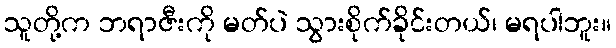
သူတို့က ဘရာဇီးကို မတ်ပဲ သွားစိုက်ခိုင်းတယ်၊ မရပါဘူး။